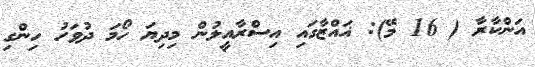
އަންކާރާ ( 16 މޭ): ޣައްޒާގައި އިސްރާއީލުން މިދިޔަ ހޯމަ ދުވަހު ހިންގި